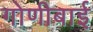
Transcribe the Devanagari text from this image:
गोणीबाई